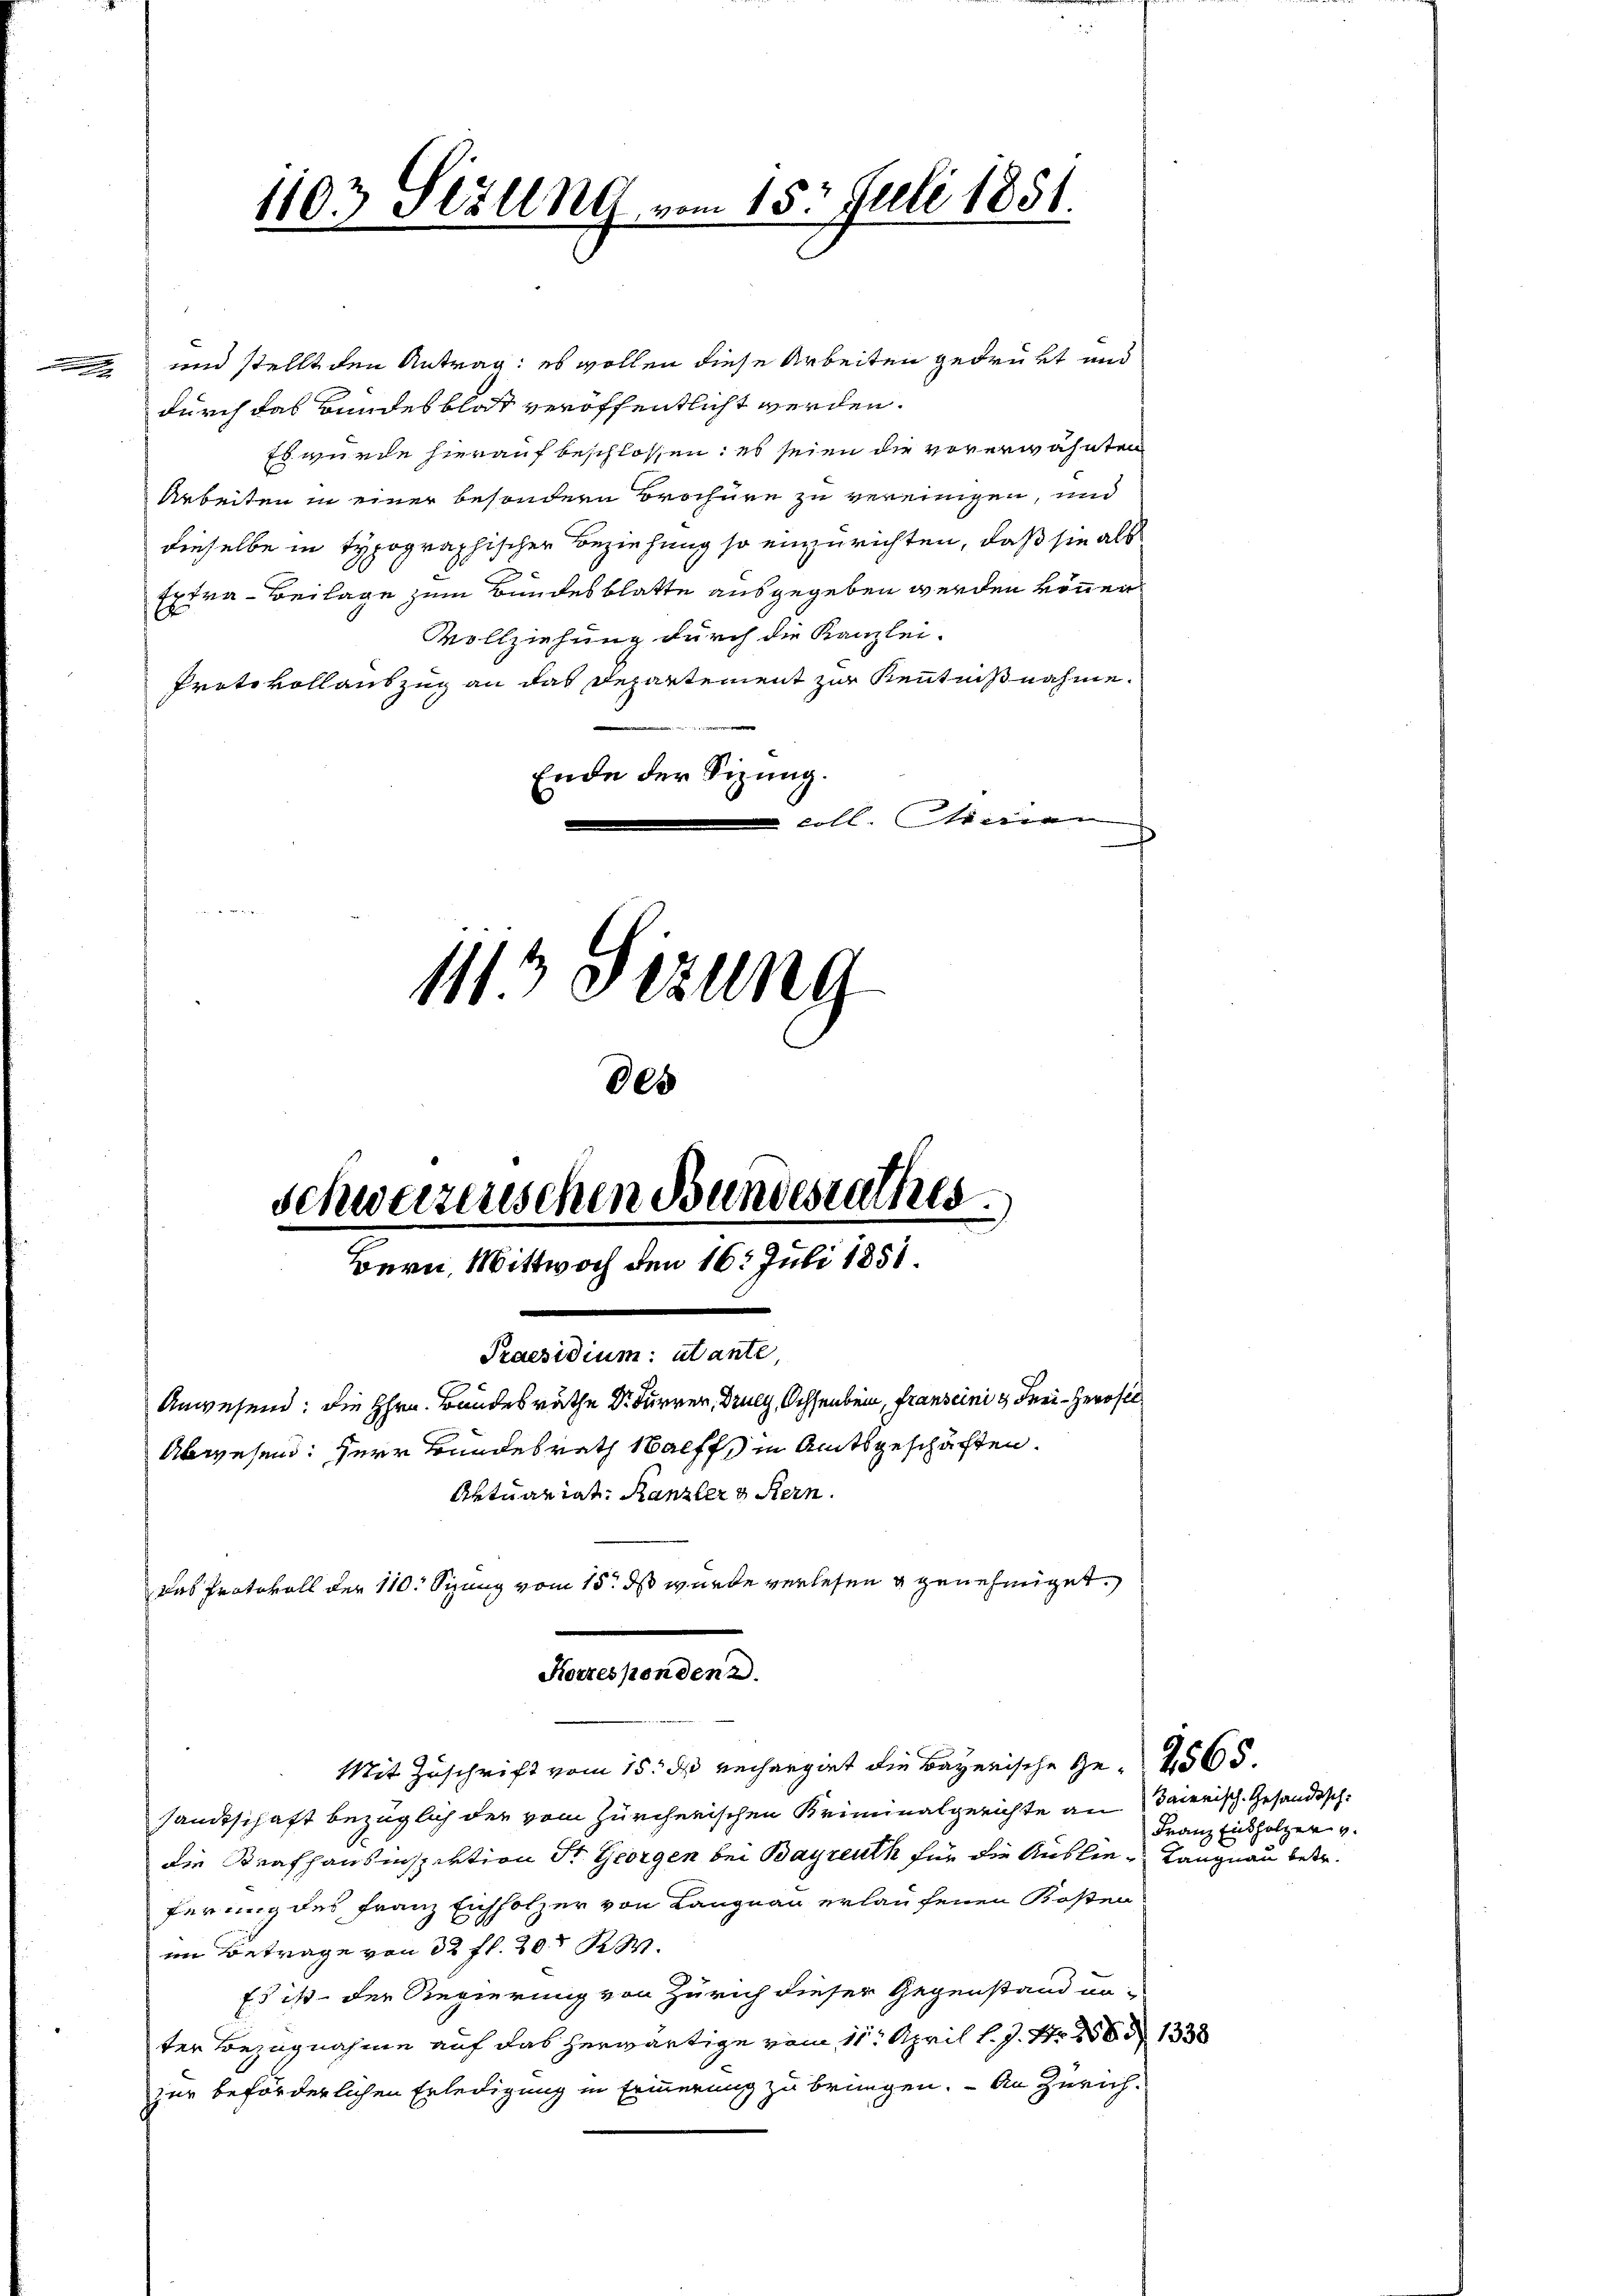
g

und stellt den Antrag: es wollen diese Arbeiten gedrukt und
durch das Bundesblat veröffentlicht werden.
Es wurde hierauf beschlossen: es seien die vorerwähnten
Arbeiten in einer besondern Brochüre zu vereinigen, und
dieselbe in typographischer Beziehung so einzurichten, daß sie als
Extra - Beilage zum Bundesblatte ausgegeben werden können
Vollziehung durch die Kanzlei-
Protokollauszug an das Departement zur Kenntnißnahme.
Ende der Sitzung.
loll. seiner
113 Stzung
Des

1103 Sizung vom 15. Juli 1851.

Fennerend

Schwerzenschen Bundesrathes
Bern, Mittwoch den 16. Juli 1851.
Praesidium: atante,
Anwesend: Die Hrn. Bandesräthe Dr. Furrer, Drucy, Ochsenbein, franscini & Frei- Herrsel¬
Abwesend: Herr Bundesrath Walffs in Amtsgeschäften.
Aktuariat: Kanzler & Bern.
Das Protokoll der 110. Sizung vom 15. ds wurde verlesen u genehmiget.

Mit Zuschrift vom 15. ds rechargirt die Bayerische Ge- 4565.
sandtschaft bezüglich der vom Zürcherischen Kriminalgerichte an Baierisch.-Gesandtsch-
die Strafhausinspektion Sr. Georgen bei Bayreuth für die Auslie Langnau betr.
ferung des Franz Eichholzer von Langnau erlaufenen Kosten
im Betrage von 32 fl. 20 K.
Es ist der Regierung von Zürich dieser Gegenstand un-
ter Bezugnahme auf das herwärtige vom 11. April l. J. Nr. 286 n 1338
zur beförderlichen Erledigung in Erinnerung zu bringen. - An Zürich-

Franz Endholzer v.